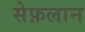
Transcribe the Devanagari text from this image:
सेफ़लान